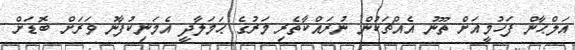
އަލްޙާން ފަހުމީއަށް ތޫނު އެއްޗަކުން ނުރައްކާތެރި މަރުގެ ޙަމަލާދީ އެމަނިކުފާނު ވަރަށް ބޮޑަށް